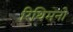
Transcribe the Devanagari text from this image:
रिथिमनो